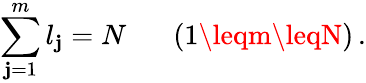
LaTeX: \sum_{\mathbf{j}=1}^{m}l_{\mathbf{j}}=N\; \; \; \; \; \; (1\leqm\leqN)\, .